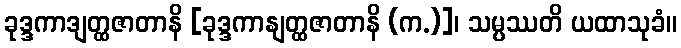
ခုဒ္ဒကာဒျတ္ထဇာတာနိ [ခုဒ္ဒကာနျတ္ထဇာတာနိ (က.)]၊ သမ္ပဿတိ ယထာသုခံ။